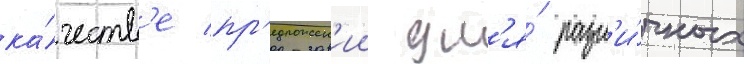
ка́честв'е пр'едложен'ии дл'я́ разл'и́чных